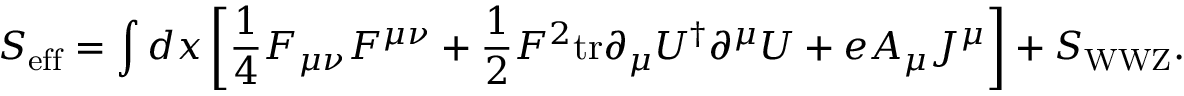
S _ { \mathrm { e f f } } = \int d x \left[ { \frac { 1 } { 4 } } F _ { \mu \nu } F ^ { \mu \nu } + { \frac { 1 } { 2 } } F ^ { 2 } \mathrm { t r } \partial _ { \mu } U ^ { \dagger } \partial ^ { \mu } U + e A _ { \mu } J ^ { \mu } \right] + S _ { \mathrm { W W Z } } .